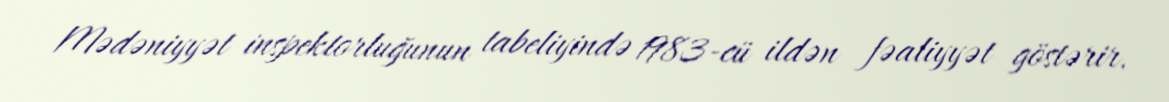
Mədəniyyət inspektorluğunun tabeliyində 1983-cü ildən fəaliyyət göstərir.